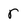
Character: r